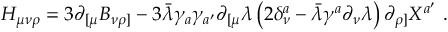
{ \cal H } _ { \mu \nu \rho } = 3 \partial _ { [ \mu } B _ { \nu \rho ] } - 3 \bar { \lambda } \gamma _ { a } \gamma _ { a ^ { \prime } } \partial _ { [ \mu } \lambda \left( 2 \delta _ { \nu } ^ { a } - \bar { \lambda } \gamma ^ { a } \partial _ { \nu } \lambda \right) \partial _ { \rho ] } X ^ { a ^ { \prime } } \ .